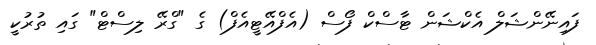
ފައިނޭންޝަލް އެކްޝަން ޓާސްކް ފޯސް (އެފްއޭޓީއެފް) ގެ "ގްރޭ ލިސްޓް" ގައި ތުރުކީ